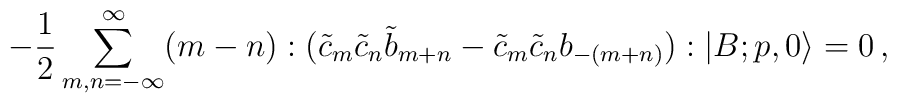
-\frac{1}{2}\sum_{m,n=-\infty}^{\infty}(m-n):(\tilde{c}_m\tilde{c}_n\tilde{b}_{m+n}-\tilde{c}_m\tilde{c}_nb_{-(m+n)}):|B;p,0\rangle =0\, ,